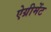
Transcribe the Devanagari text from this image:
ऐग्रीमेंट